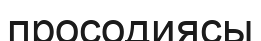
просодиясы